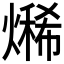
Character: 𤏨